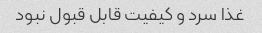
غذا سرد و کیفیت قابل قبول نبود